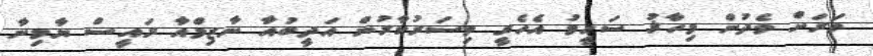
ވަރަށް ވެދުން މިހާޜު ސަހީމު އެހެރީ މިސަރުކާރުން އަދީބުއާ ނާޒިމްއާ ރައީސް ޔާމިނާ